Insane asylums in Bengal annual reports 1876-1887 - 1876-1887
Year: 1876
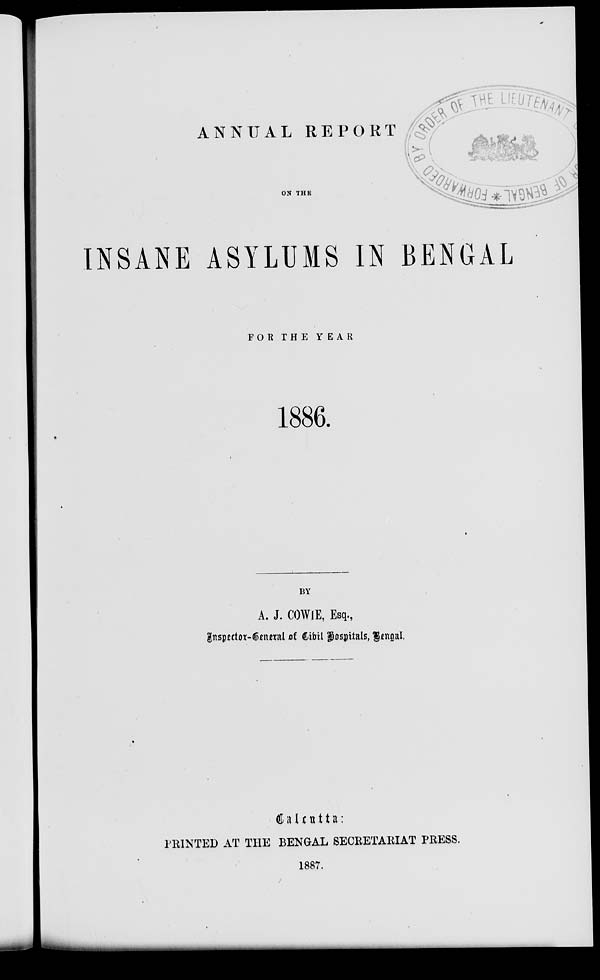
ANNUAL REPORT
ON THE INSAN
FOR THE
YEAR
1886.
BY
A. J. COWIE Esq.,
Inspector-General of Civil Hospitals, Bengal.
Calcuata:
PRINTED AT THE BENGAL SECRETARIAT PRESS.
1887.